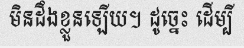
មិនដឹងខ្លួនឡើយ។ ដូច្នេះ ដើម្បី